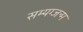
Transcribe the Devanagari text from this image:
सम्यग्जन्म